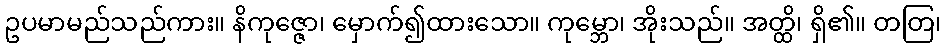
ဥပမာမည်သည်ကား။ နိကုဇ္ဇော၊ မှောက်၍ထားသော။ ကုမ္ဘော၊ အိုးသည်။ အတ္ထိ၊ ရှိ၏။ တတြ၊